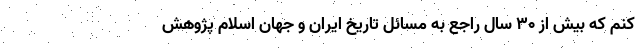
کنم که بیش از 30 سال راجع به مسائل تاریخ ایران و جهان اسلام پژوهش